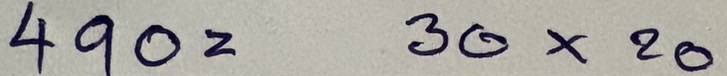
490 = 30 x 20